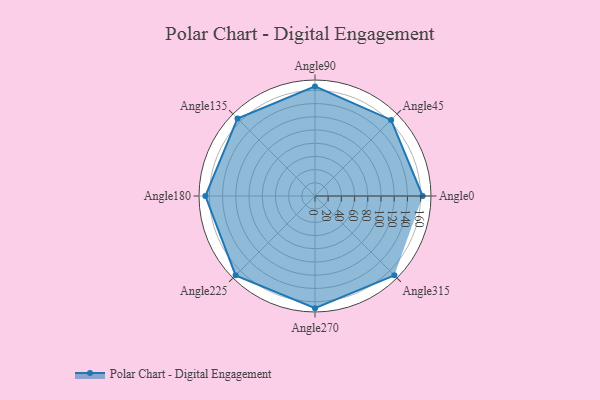
{"axis": {"x": "Angle", "y": "Radius"}, "legend": [""], "data": [{"x": "Angle0", "y": 163.0, "type": ""}, {"x": "Angle45", "y": 163.0, "type": ""}, {"x": "Angle90", "y": 166.0, "type": ""}, {"x": "Angle135", "y": 166.0, "type": ""}, {"x": "Angle180", "y": 166.0, "type": ""}, {"x": "Angle225", "y": 170, "type": ""}, {"x": "Angle270", "y": 170, "type": ""}, {"x": "Angle315", "y": 170, "type": ""}]}